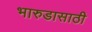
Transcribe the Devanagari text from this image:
भारुडासाठी